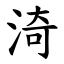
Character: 渏